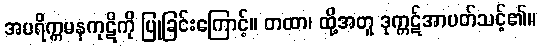
အပရိက္ကမနကုဋိကို ပြုခြင်းကြောင့်။ တထာ၊ ထို့အတူ ဒုက္ကဋ်အာပတ်သင့်၏။